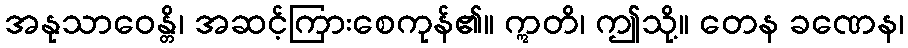
အနုသာဝေန္တိ၊ အဆင့်ကြားစေကုန်၏။ ဣတိ၊ ဤသို့။ တေန ခဏေန၊